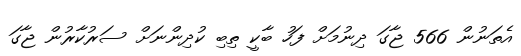
އެތަނުން 566 ޖާގަ ދިނުމަށް ފަހު ބާކީ ތިބި ކުދިންނަށް ސަރުކާރުން ޖާގަ